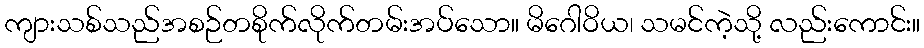
ကျားသစ်သည်အစဉ်တစိုက်လိုက်တမ်းအပ်သော။ မိဂေါဝိယ၊ သမင်ကဲ့သို့ လည်းကောင်း။